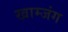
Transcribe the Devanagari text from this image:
खाम्जंग